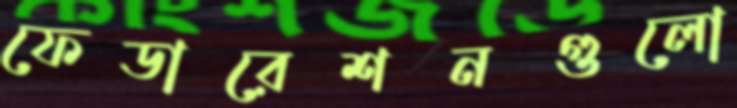
ফেডারেশনগুলো